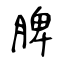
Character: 脾